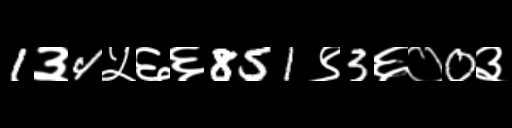
Text: 1३4५६६851९3६०0३